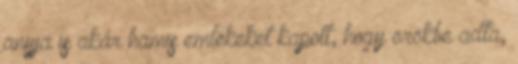
anyja is akár hamis emlékeket kapott, hogy örökbe adta,